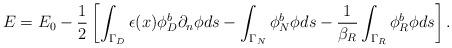
LaTeX: \begin{align*}\begin{aligned} E =E_0 -\frac{1}{2} \left[\int_{\Gamma_D} \epsilon(x)\phi^b_D\partial_n\phi ds- \int_{\Gamma_N}\phi^b_N\phi ds-\frac{1}{\beta_R}\int_{\Gamma_R}\phi^b_R\phi ds \right]. \end{aligned} \end{align*}